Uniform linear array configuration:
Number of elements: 8
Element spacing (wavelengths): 0.5
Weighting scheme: cosine
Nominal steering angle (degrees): -15
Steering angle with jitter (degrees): -14.928
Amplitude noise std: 0.05
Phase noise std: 0.05

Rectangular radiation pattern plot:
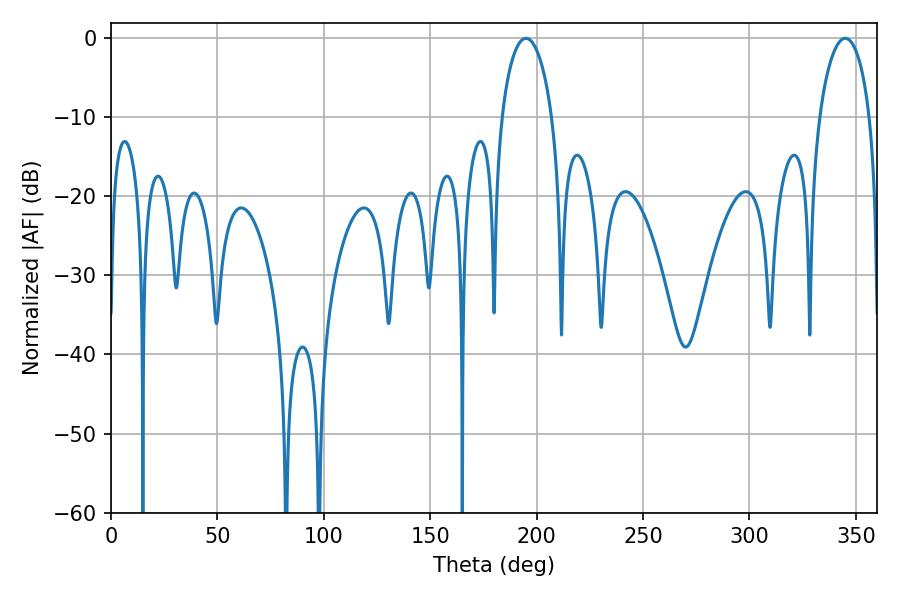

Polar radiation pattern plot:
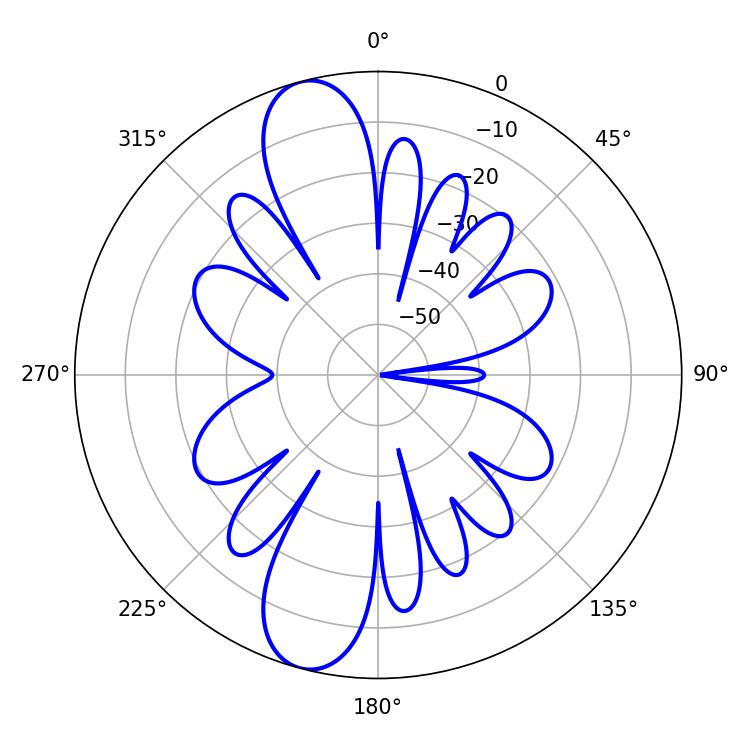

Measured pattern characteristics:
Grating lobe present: FALSE
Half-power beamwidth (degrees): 13.68
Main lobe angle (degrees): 194.94